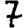
Digit: 7